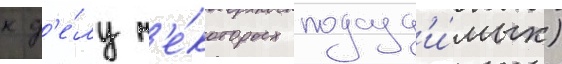
к д'е́лу н'е́которых подсуд'и́мых)